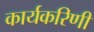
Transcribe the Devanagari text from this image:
कार्यकरिणी